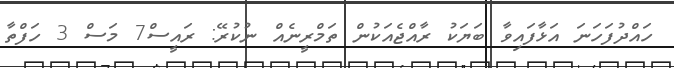
ހައްދުފަހަނަ އަޅާފައިވާ ބަޔަކު ރާއްޖެއަކުން ތަމްރީނެއް ނުކުރޭ: ރައީސް7 މަސް 3 ހަފްތާ